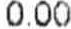
0.00